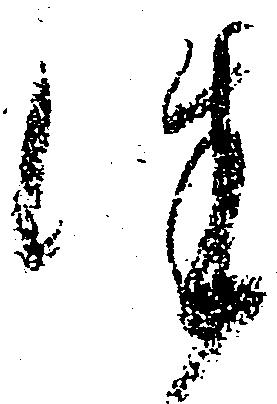
徃